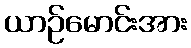
ယာဉ်မောင်းအား